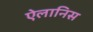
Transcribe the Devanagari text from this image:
ऐलानिस